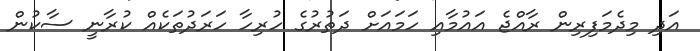
އަދި މިދެމަފިރިން ރާއްޖެ އައުމާއި ހަމައަށް ދަތުރުގެ ހުރިހާ ހަރަދުތަކެއް ކުރާނީ ސާކުން